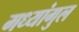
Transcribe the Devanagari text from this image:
मध्यांगुल